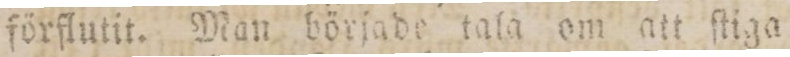
förflutit. Man började tala om att ſtiga